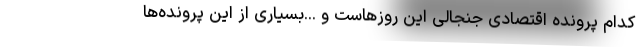
کدام پرونده اقتصادی جنجالی این روزهاست و ...بسیاری از این پرونده‌ها